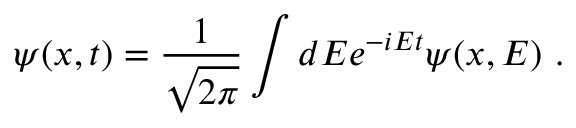
\psi ( x , t ) = \frac { 1 } { \sqrt { 2 \pi } } \int d E e ^ { - i E t } \psi ( x , E ) \ .